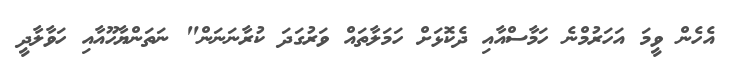
އެހެން ވީމަ އަހަރުމްނެ ހަމާސްއާއި ދެކޮޅަށް ހަމަލާތައް ވަރުގަދަ ކުރާނަނަން" ނަތަންޔާހޫއާއި ހަވާލާދީ